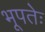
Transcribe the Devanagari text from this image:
भूपतेः